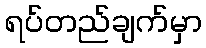
ရပ်တည်ချက်မှာ